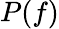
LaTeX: P(f)